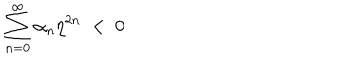
\sum _ { n = 0 } ^ { \infty } \alpha _ { n } \eta ^ { 2 n } ~ < ~ 0